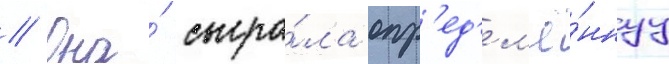
// Она́ сыгра́ла опр'ед'ел'ё́ннуу